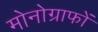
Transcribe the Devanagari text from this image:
मोनोग्राफों